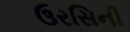
ઉરસિની